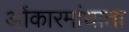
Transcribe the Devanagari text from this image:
ओंकारमांधाता